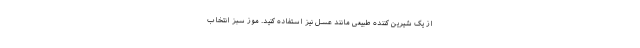
از یک شیرین کننده طبیعی مانند عسل نیز استفاده کنید. موز سبز انتخاب